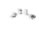
سجائر